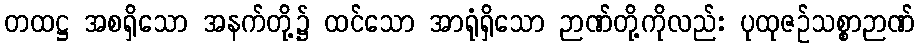
တထဋ္ဌ အစရှိသော အနက်တို့၌ ထင်သော အာရုံရှိသော ဉာဏ်တို့ကိုလည်း ပုထုဇဉ်သစ္စာဉာဏ်